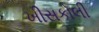
ખીસકોલી